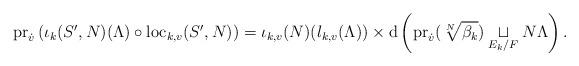
LaTeX: \begin{align*} \mathrm{pr}_{\dot{v}} \left( \iota_k(S', N)(\Lambda) \circ\mathrm{loc}_{k,v}(S', N) \right) = \iota_{k,v}(N)(l_{k,v}(\Lambda)) \times\mathrm{d}\left( \mathrm{pr}_{\dot{v}}(\sqrt[N]{\beta_k})\underset{E_k/F}{\sqcup} N \Lambda \right).\end{align*}